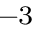
^ { - 3 }